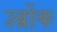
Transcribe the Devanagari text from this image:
उर्ब्रोक